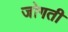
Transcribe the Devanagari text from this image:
जोगती